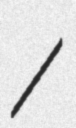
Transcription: /